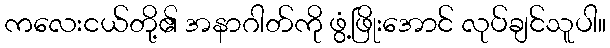
ကလေးငယ်တို့၏ အနာဂါတ်ကို ဖွံ့ဖြိုးအောင် လုပ်ချင်သူပါ။